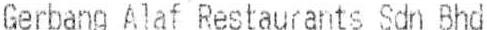
GERBANG ALAF RESTAURANTS SDN BHD